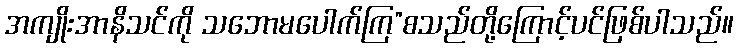
အကျိုးအာနိသင်ကို သဘောမပေါက်ကြ”စသည်တို့ကြောင့်ပင်ဖြစ်ပါသည်။